Annual report of the Bengal Veterinary College and of the Civil Veterinary Department, Bengal, for the year 1908-1909 - 1908-1909
Year: 1908
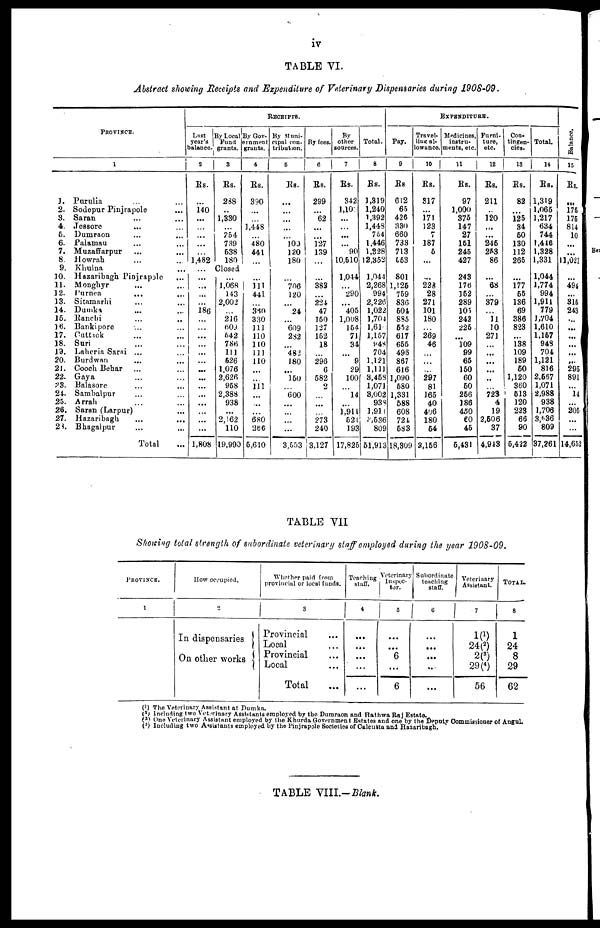
iv
TABLE VI.
Abstract showing Receipts and Expenditure of Veterinary Dispensaries during 1908-09.
PROVINCE.
1
1.
2.
3.
4.
5
6.
7.
8.
9.
10.
11.
12.
13.
14.
15.
16.
17.
18.
19.
20.
21.
22.
23.
24.
25.
26.
27.
28.
Purulia ... ...
Sodepur Pinjrapole ...
Saran ... ...
Jessore ... ...
Dumraon ... ...
Palamau ... ...
Muzaffarpur ... ...
Howrah ... ...
Khulna ...
Hazaribagh Pinjrapole ...
Monghyr ... ...
Purnea ... ...
Sitamarhi ... ...
Dumka ... ...
Ranchi ... ..
Bankipore ... ...
Cuttick ... ...
Suri ... ...
Laheria Sarai ... ...
Burdwan ... ...
Cooch Behar ... ...
Gaya ... ...
Balasore ... ...
Sambalpur ... ...
Arrah ... ...
Saran (Larpur) ...
Hazaribagh
...
...
Bhagalpur ... ...
Total ...
RECEIPTS.
Last
year's
balance-
2
Rs.
...
140
...
...
...
...
...
1,482
...
...
...
...
...
186
...
...
...
...
...
...
...
...
...
...
...
...
...
...
1,808
By Local
Fund
grants.
3
Rs.
238
...
1,330
...
754
739
538
180
Closed
...
1,068
143
2,002
...
216
609
642
786
111
626
1,076
2,626
968
2,388
938
...
2,162
110
19,990
By Gov-
ernment
grants.
4
Rs.
390
...
...
1,448
...
480
441
...
...
111
441
...
360
330
111
110
110
111
110
...
...
111
...
...
...
680
266
5,610
By Muni-
cipal con-
tribution.
5
Rs.
...
...
...
...
...
100
120
180
...
706
120
...
24
...
609
232
...
482
180
...
150
...
600
...
...
...
...
3,653
By fees.
6
Rs.
299
...
62
...
...
127
139
...
...
383
...
224
47
150
127
152
18
...
296
6
582
2
...
...
...
273
240
3,127
By
other
sources.
7
Rs.
342
1,109
...
...
...
...
90
10,510
1,044
...
290
...
405
1,008
154
71
34
...
9
29
100
...
14
...
1,911
521
193
17,825
Total.
8
Rs.
1,319
1,240
1,392
1,448
764
1,446
1,328
12,352
1,044
2,268
994
2,226
1,022
1,704
1,61
1,157
948
704
1,121
1,111
3,453
1,071
3,002
938
1,911
3,536
809
61,913
EXPENDITURE.
Pay.
9
Rs
612
65
426
330
660
733
713
653
801
1,125
759
836
504
885
552
617
655
496
867
616
1,090
580
1,331
588
608
724
583
18,309
Travel-
ling al-
lowance.
10
Rs.
317
...
171
123
7
187
5
...
...
228
28
271
101
180
...
269
46
...
...
...
297
81
165
40
406
180
54
3,156
Medicines,
instru-
ments, etc.
11
Rs.
97
1,000
375
147
27
151
245
427
243
176
152
289
105
242
225
...
109
99
65
150
60
50
256
186
450
60
45
5,431
Furni-
ture,
etc.
12
Rs.
211
...
120
...
...
245
253
86
...
68
...
379
...
11
10
271
...
...
...
...
..
...
723
4
19
2,506
37
4,943
Con-
tingen-
cies-
13
Rs.
82
...
125
34
50
130
112
265
...
177
55
136
69
386
823
...
138
109
189
60
1,120
360
513
120
223
66
90
5,422
Total.
14
Rs.
1,319
1,065
1,217
634
744
1,446
1,328
1,331
1,044
1,774
994
1,911
779
1,704
1,610
1,157
948
704
1,121
816
2,667
1,071
2,988
938
1,706
3,636
809
37,261
Bal ance.
15
Rs.
...
175
175
814
10
...
...
11,02
...
494
...
316
245
...
...
...
...
...
...
29
89
...
1
...
20
...
...
14,6!
TABLE VII
Sharing total strength of subordinate veterinary staff employed during the year 1908-09.
PROVINCE.
1
How occupied.
2
In dispensaries
On other works
Whether paid from
provincial or local funds.
3
Provincial ...
Local ...
Provincial ...
Local ...
Total ...
Teaching
staff.
4
...
...
...
...
...
Veterinary
Inspec-
tor.
5
...
...
6
...
6
Subordinate
touching
staff.
6
...
...
...
...
...
Veterinary
Assistant.
7
1( 1 )
24( 2 )
2( 3 )
29( 4 )
56
TOTAL.
8
1
24
8
29
62
( 1 ) The Veterinary Assistant at Dumka.
( 2 ) Including two Veterinary Assistants employed by the Dumraon and Hathwa Raj Estate.
( 3 ) One Veterinary Assistant employed by the Khurda Government Estates and one by the Deputy Commissioner of Angul.
( 4 ) Including two Assistants employed by the Pinjrapole Societies of Calcutta and Hazaribagh.
TABLE VIII.—Blank.